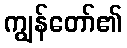
ကျွန်တော်၏